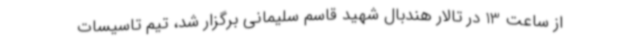
از ساعت 13 در تالار هندبال شهید قاسم سلیمانی برگزار شد، تیم تاسیسات